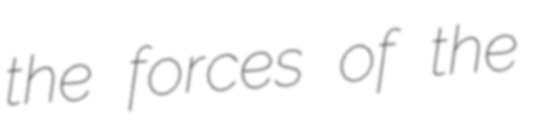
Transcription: the forces of the